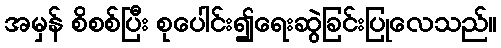
အမှန် စိစစ်ပြီး စုပေါင်း၍ရေးဆွဲခြင်းပြုလေသည်။